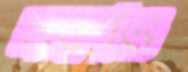
লবণও